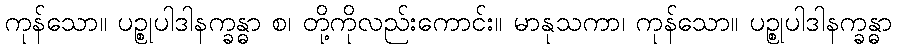
ကုန်သော။ ပဉ္စုပါဒါနက္ခန္ဓာ စ၊ တို့ကိုလည်းကောင်း။ မာနုသကာ၊ ကုန်သော။ ပဉ္စုပါဒါနက္ခန္ဓာ